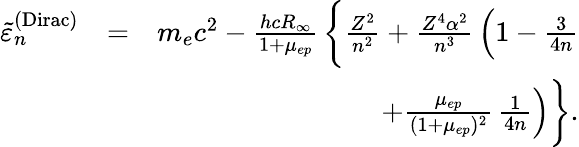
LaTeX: \begin{array}{rlr}{\tilde{\varepsilon}_{n}^{\mathrm{(Dirac)}}}&{=}&{m_{e}c^{2}-\frac{hcR_{\infty}}{1+\mu_{ep}}\, \bigg\{ \frac{Z^{2}}{n^{2}}+\frac{Z^{4}\alpha^{2}}{n^{3}}\, \Big(1-\frac{3}{4n}}\\ &{}&{+\frac{\mu_{ep}}{(1+\mu_{ep})^{2}}\, \frac{1}{4n}\Big)\bigg\} .}\end{array}